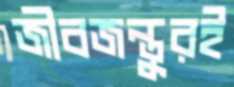
জীবজন্তুরই